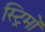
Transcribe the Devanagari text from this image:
स्ट्रिमों